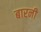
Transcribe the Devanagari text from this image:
बारनी